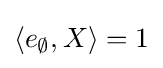
\langle e_{\emptyset },X\rangle =1